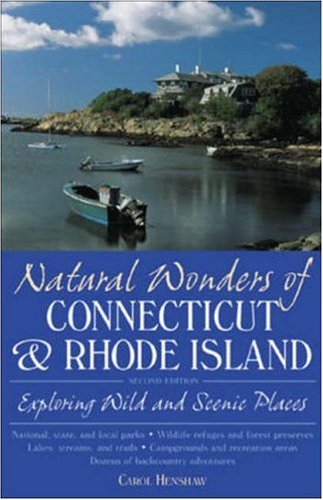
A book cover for Natural Wonders of Connecticut & Rhode Island : Exploring Wild and Scenic Places; Carol Henshaw; Travel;